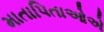
માતાપિતાઓએ